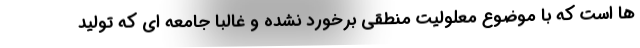
ها است که با موضوع معلولیت منطقی برخورد نشده و غالبا جامعه ای که تولید